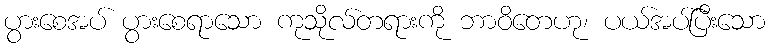
ပွားစေအပ် ပွားစေရာသော ကုသိုလ်တရားကို ဘာဝိတေဟု၊ ပယ်အပ်ပြီးသော